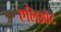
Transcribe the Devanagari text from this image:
एलिओट